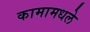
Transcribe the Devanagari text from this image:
कामामधले